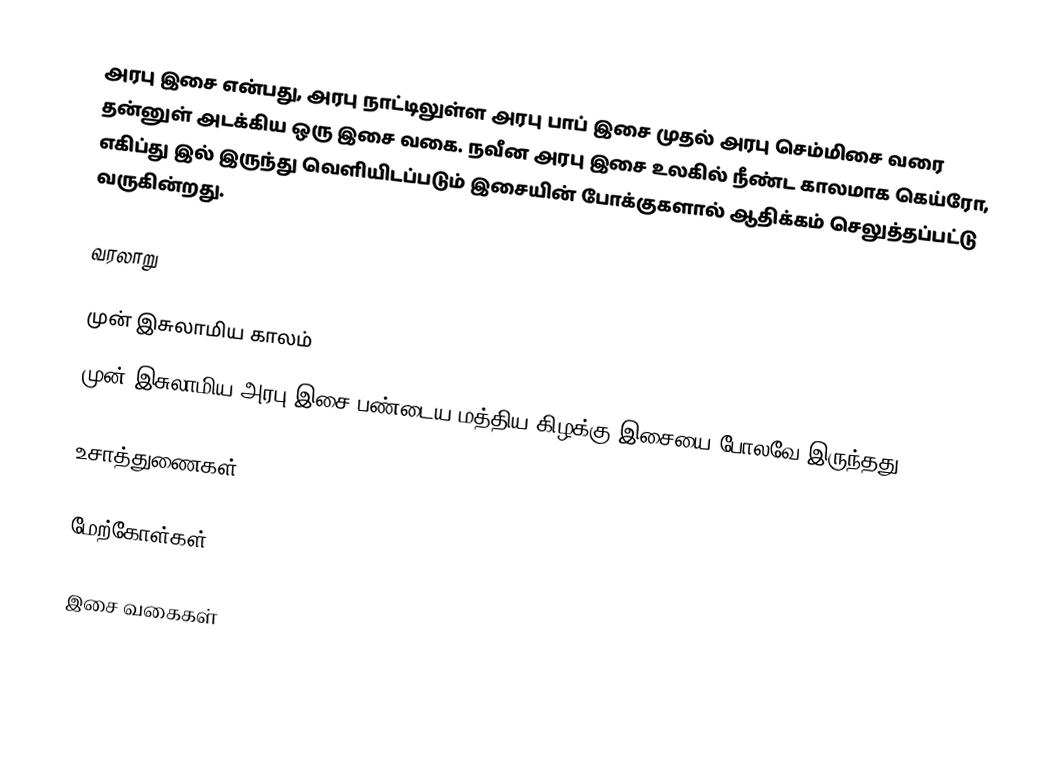
அரபு இசை என்பது, அரபு நாட்டிலுள்ள அரபு பாப் இசை முதல் அரபு செம்மிசை வரை தன்னுள் அடக்கிய ஒரு இசை வகை. நவீன அரபு இசை உலகில் நீண்ட காலமாக கெய்ரோ, எகிப்து இல் இருந்து வெளியிடப்படும் இசையின் போக்குகளால் ஆதிக்கம் செலுத்தப்பட்டு வருகின்றது.

வரலாறு

முன் இசுலாமிய காலம்
முன்-இசுலாமிய அரபு இசை பண்டைய மத்திய கிழக்கு இசையை போலவே இருந்தது.

உசாத்துணைகள்

மேற்கோள்கள்

இசை வகைகள்